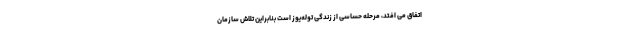
اتفاق می افتد، مرحله حساسی از زندگی توله‌یوز است بنابراین تلاش سازمان